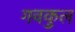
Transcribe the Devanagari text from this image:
गवकुल